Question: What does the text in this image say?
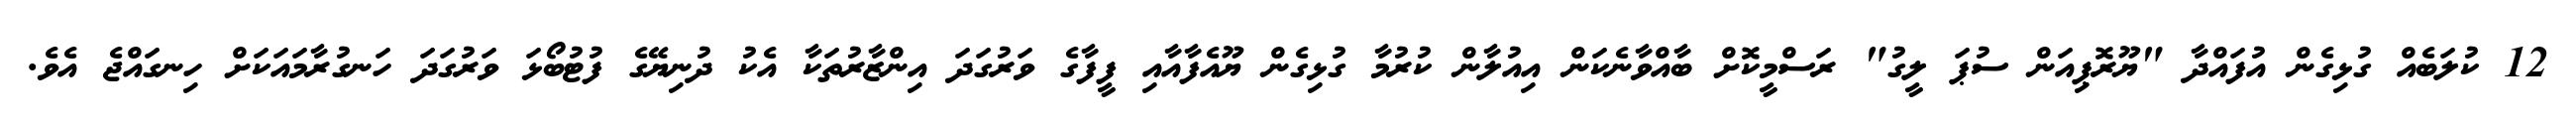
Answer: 12 ކުލަބެއް ގުޅިގެން އުފައްދާ "ޔޫރޮޕިއަން ސުޕަ ލީގު" ރަސްމީކޮށް ބާއްވާނެކަން އިއުލާން ކުރުމާ ގުޅިގެން ޔޫއެފާއާއި ފީފާގެ ވަރުގަދަ އިންޒާރުތަކާ އެކު ދުނިޔޭގެ ފުޓުބޯޅަ ވަރުގަދަ ހަނގުރާމައަކަށް ހިނގައްޖެ އެވެ.